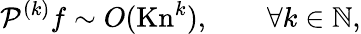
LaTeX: \mathcal{P}^{(k)}f\sim O(\mathrm{Kn}^{k}),\qquad\forall k\in\mathbb{N},